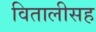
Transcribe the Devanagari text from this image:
वितालीसह